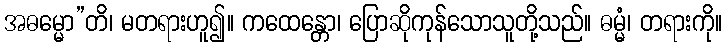
အဓမ္မော”တိ၊ မတရားဟူ၍။ ကထေန္တော၊ ပြောဆိုကုန်သောသူတို့သည်။ ဓမ္မံ၊ တရားကို။